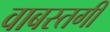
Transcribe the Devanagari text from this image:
वाबस्तगी